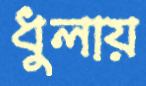
ধুলায়